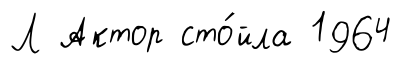
Л Актор сто́йла 1964